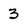
Character: 3